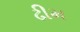
ઢીમ